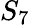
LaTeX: S_{7}